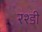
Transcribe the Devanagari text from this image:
रश्डी